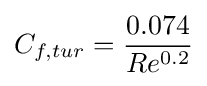
C_{f,tur}={\frac {0.074}{Re^{0.2}}}